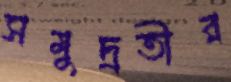
সমুদ্রতীর